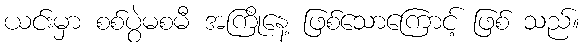
ယင်းမှာ စစ်ပွဲမစမီ အကြိုနေ့ ဖြစ်သောကြောင့် ဖြစ် သည်။